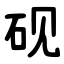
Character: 砚